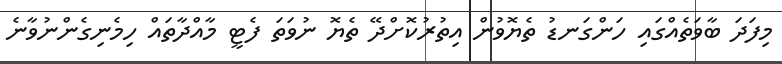
މިފަދަ ބާވަތެއްގައި ހަންގަނޑު ތެޔޮވުން އިތުރުކޮށްދޭ ތެޔޮ ނުވަތަ ފެޓީ މާއްދާތައް ހިމެނިގެންނުވާނެ